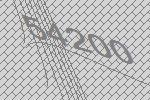
54200